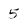
Character: 5